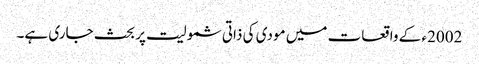
2002ء کے واقعات میں مودی کی ذاتی شمولیت پر بحث جاری ہے۔